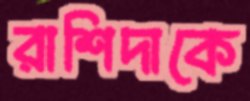
রাশিদাকে